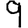
Digit: 9